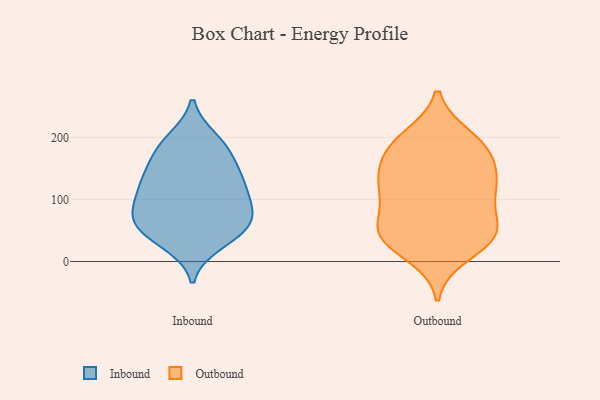
{"axis": {"x": "Waste Production (Tons)", "y": "Value"}, "legend": ["Inbound", "Outbound"], "data": [{"x": "", "y": 45, "type": "Inbound"}, {"x": "", "y": 125, "type": "Inbound"}, {"x": "", "y": 73, "type": "Inbound"}, {"x": "", "y": 195, "type": "Inbound"}, {"x": "", "y": 85, "type": "Inbound"}, {"x": "", "y": 197, "type": "Inbound"}, {"x": "", "y": 99, "type": "Inbound"}, {"x": "", "y": 66, "type": "Inbound"}, {"x": "", "y": 134, "type": "Inbound"}, {"x": "", "y": 120, "type": "Inbound"}, {"x": "", "y": 176, "type": "Inbound"}, {"x": "", "y": 130, "type": "Inbound"}, {"x": "", "y": 149, "type": "Inbound"}, {"x": "", "y": 29, "type": "Inbound"}, {"x": "", "y": 173, "type": "Inbound"}, {"x": "", "y": 38, "type": "Inbound"}, {"x": "", "y": 56, "type": "Inbound"}, {"x": "", "y": 63, "type": "Inbound"}, {"x": "", "y": 89, "type": "Inbound"}, {"x": "", "y": 140, "type": "Outbound"}, {"x": "", "y": 165, "type": "Outbound"}, {"x": "", "y": 194, "type": "Outbound"}, {"x": "", "y": 136, "type": "Outbound"}, {"x": "", "y": 114, "type": "Outbound"}, {"x": "", "y": 102, "type": "Outbound"}, {"x": "", "y": 105, "type": "Outbound"}, {"x": "", "y": 50, "type": "Outbound"}, {"x": "", "y": 48, "type": "Outbound"}, {"x": "", "y": 41, "type": "Outbound"}, {"x": "", "y": 37, "type": "Outbound"}, {"x": "", "y": 200, "type": "Outbound"}, {"x": "", "y": 11, "type": "Outbound"}, {"x": "", "y": 185, "type": "Outbound"}, {"x": "", "y": 123, "type": "Outbound"}, {"x": "", "y": 52, "type": "Outbound"}, {"x": "", "y": 44, "type": "Outbound"}, {"x": "", "y": 178, "type": "Outbound"}]}